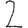
Digit: 2